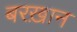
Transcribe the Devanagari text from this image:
बरख़ान